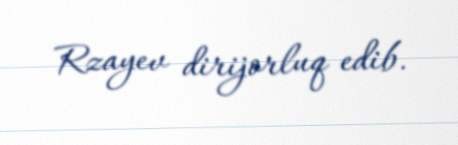
Rzayev dirijorluq edib.